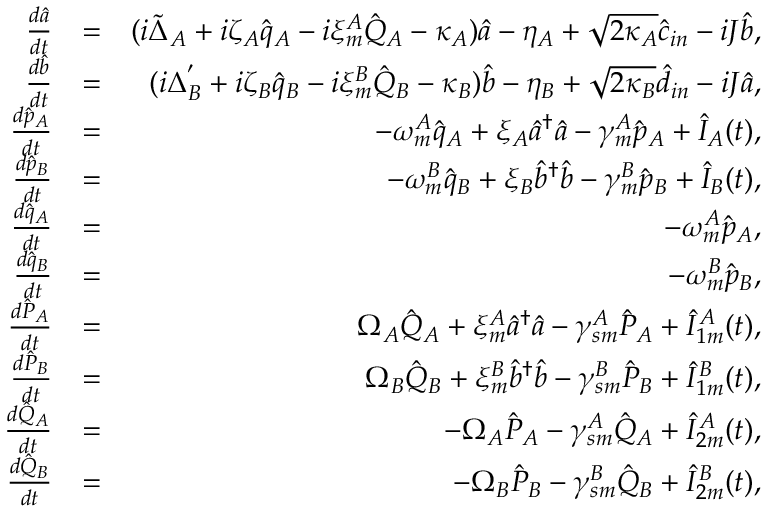
\begin{array} { r l r } { \frac { d \hat { a } } { d t } } & { = } & { ( i \tilde { \Delta } _ { A } + i \zeta _ { A } \hat { q } _ { A } - i \xi _ { m } ^ { A } \hat { Q } _ { A } - \kappa _ { A } ) \hat { a } - \eta _ { A } + \sqrt { 2 \kappa _ { A } } \hat { c } _ { i n } - i J \hat { b } , } \\ { \frac { d \hat { b } } { d t } } & { = } & { ( i \Delta _ { B } ^ { ' } + i \zeta _ { B } \hat { q } _ { B } - i \xi _ { m } ^ { B } \hat { Q } _ { B } - \kappa _ { B } ) \hat { b } - \eta _ { B } + \sqrt { 2 \kappa _ { B } } \hat { d } _ { i n } - i J \hat { a } , } \\ { \frac { d \hat { p } _ { A } } { d t } } & { = } & { - \omega _ { m } ^ { A } \hat { q } _ { A } + \xi _ { A } \hat { a } ^ { \dagger } \hat { a } - \gamma _ { m } ^ { A } \hat { p } _ { A } + \hat { I } _ { A } ( t ) , } \\ { \frac { d \hat { p } _ { B } } { d t } } & { = } & { - \omega _ { m } ^ { B } \hat { q } _ { B } + \xi _ { B } \hat { b } ^ { \dagger } \hat { b } - \gamma _ { m } ^ { B } \hat { p } _ { B } + \hat { I } _ { B } ( t ) , } \\ { \frac { d \hat { q } _ { A } } { d t } } & { = } & { - \omega _ { m } ^ { A } \hat { p } _ { A } , } \\ { \frac { d \hat { q } _ { B } } { d t } } & { = } & { - \omega _ { m } ^ { B } \hat { p } _ { B } , } \\ { \frac { d \hat { P } _ { A } } { d t } } & { = } & { \Omega _ { A } \hat { Q } _ { A } + \xi _ { m } ^ { A } \hat { a } ^ { \dagger } \hat { a } - \gamma _ { s m } ^ { A } \hat { P } _ { A } + \hat { I } _ { 1 m } ^ { A } ( t ) , } \\ { \frac { d \hat { P } _ { B } } { d t } } & { = } & { \Omega _ { B } \hat { Q } _ { B } + \xi _ { m } ^ { B } \hat { b } ^ { \dagger } \hat { b } - \gamma _ { s m } ^ { B } \hat { P } _ { B } + \hat { I } _ { 1 m } ^ { B } ( t ) , } \\ { \frac { d \hat { Q } _ { A } } { d t } } & { = } & { - \Omega _ { A } \hat { P } _ { A } - \gamma _ { s m } ^ { A } \hat { Q } _ { A } + \hat { I } _ { 2 m } ^ { A } ( t ) , } \\ { \frac { d \hat { Q } _ { B } } { d t } } & { = } & { - \Omega _ { B } \hat { P } _ { B } - \gamma _ { s m } ^ { B } \hat { Q } _ { B } + \hat { I } _ { 2 m } ^ { B } ( t ) , } \end{array}